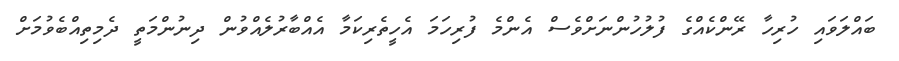
ބައްލަވައި ހުރިހާ ރޭންކެއްގެ ފުލުހުންނަށްވެސް އެންމެ ފުރިހަމަ އެހީތެރިކަމާ އެއްބާރުލެއްވުން ދިނުންމަތީ ދެމިތިއްބެވުމަށް